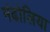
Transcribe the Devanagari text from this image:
मंढोलिया